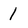
Character: 1